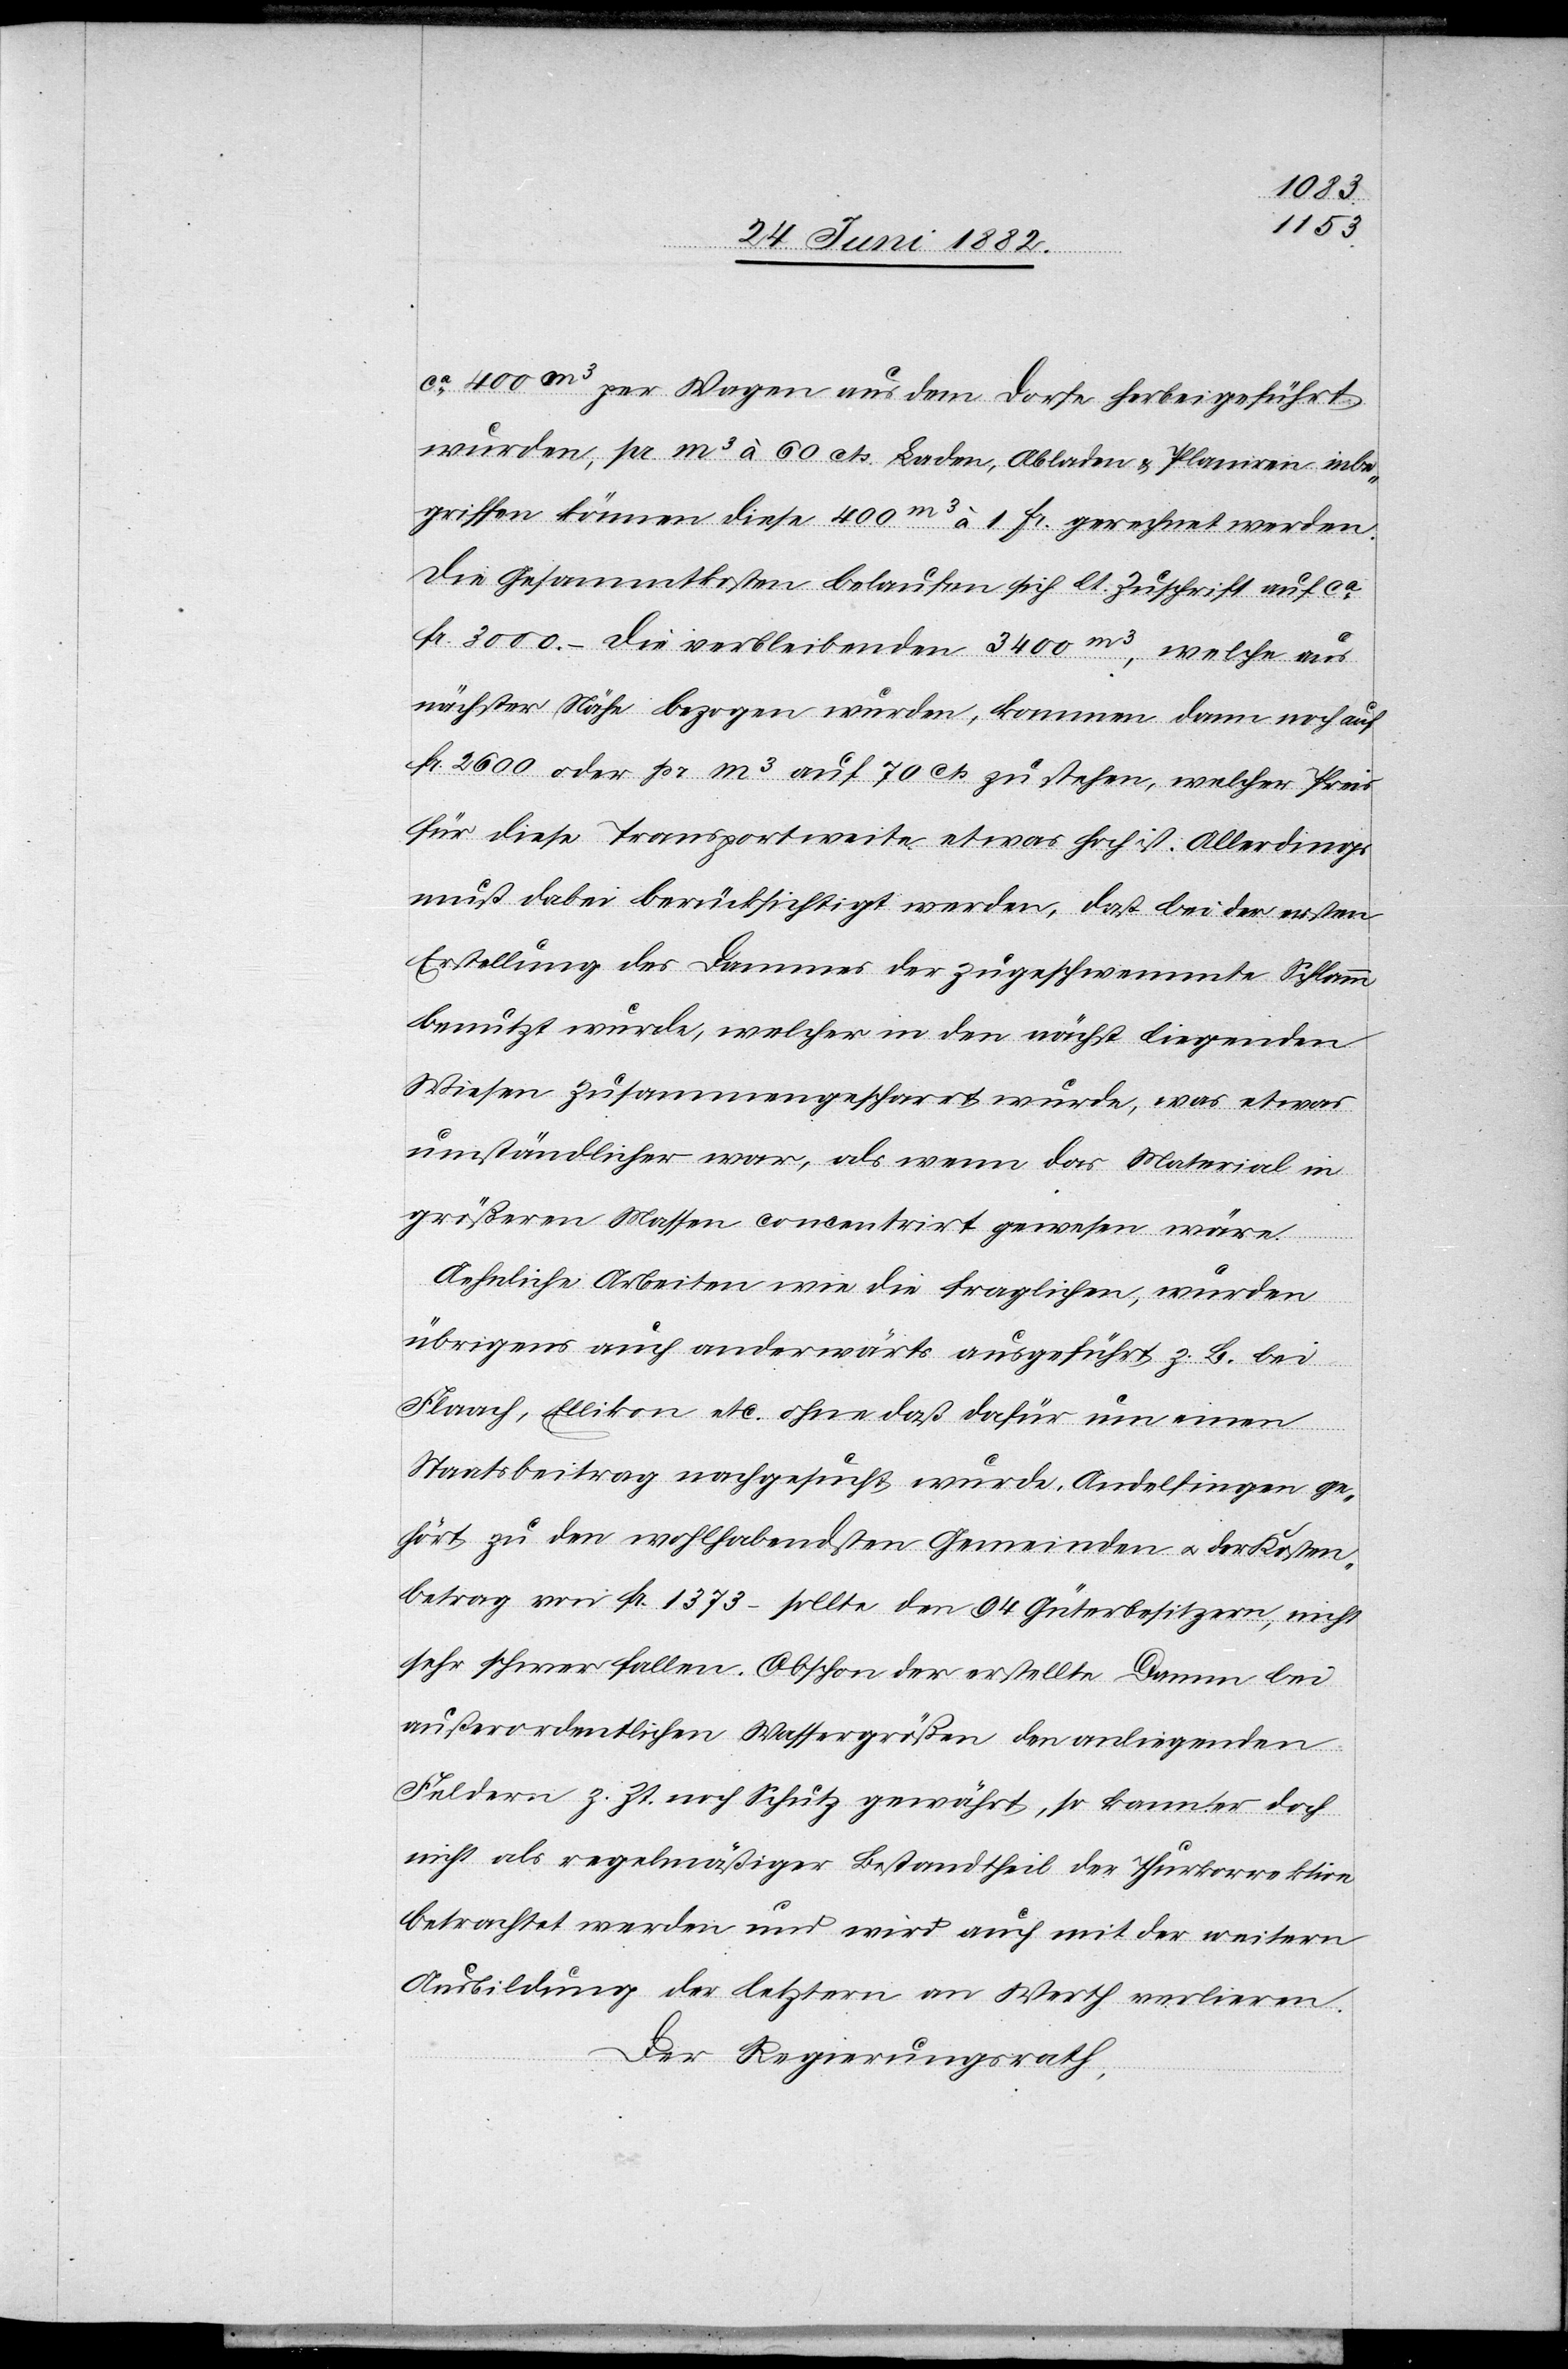
ca 400m3 per Wagen aus dem Dorfe herbeigeführt
wurden, pr. m3 à 60 cts. Laden, Abladen & Planiren inbe¬
griffen können diese 400m3 à 1 Fr. gerechnet werden.
Die Gesammtkosten belaufen sich lt. Zuschrift auf ca
Fr. 3000.– Die verbleibenden 3400m3, welche aus
nächster Nähe bezogen wurden, kommen dann noch auf
Fr. 2600 oder pr. m3 auf 70 Cts. zu stehen, welcher Preis
für diese Transportweite etwas hoch ist. Allerdings
muß dabei berücksichtig werden, daß bei der ersten
Erstellung des Dammes der zugeschwemmte Schlamm
benutzt wurde, welcher in den nächst liegenden
Wiesen zusammengescharrt wurde, was etwas
umständlicher war, als wenn das Material in
größeren Massen concentrirt gewesen wäre.
Aehnliche Arbeiten wie die fraglichen, wurden
übrigens auch anderwärts ausgeführt, z. B. bei
Flaach, Ellikon etc. ohne daß dafür um einen
Staatsbeitrag nachgesucht wurde. Andelfingen ge¬
hört zu den wohlhabendsten Gemeinden u. der Kosten¬
betrag von Fr, 1373.– sollte den 94 Güterbesitzern nicht
sehr schwer fallen. Obschon der erstellte Damm bei
außerordentlichen Wassergrößen den anliegenden
Feldern z. Zt. noch Schutz gewährt, so kann er doch
nicht als regelmäßiger Bestandtheil der Thurkorrektion
betrachtet werden und wird auch mit der weitern
Ausbildung der letztern an Werth verlieren.
Der Regierungsrath,